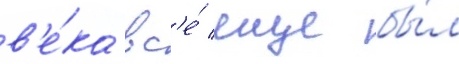
в'е́ка вс'е́ еще бы́л